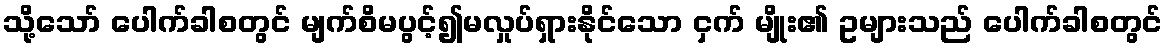
သို့သော် ပေါက်ခါစတွင် မျက်စိမပွင့်၍မလှုပ်ရှားနိုင်သော ငှက် မျိုး၏ ဥများသည် ပေါက်ခါစတွင်